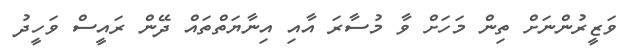
ވަޒީރުންނަށް ތިން މަހަށް ވާ މުސާރަ އާއި އިނާޔަތްތައް ދޭން ރައީސް ވަހީދު